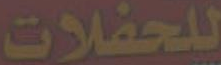
للحفلات